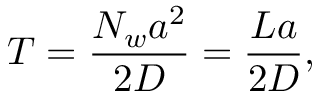
T = \frac { N _ { w } a ^ { 2 } } { 2 D } = \frac { L a } { 2 D } ,